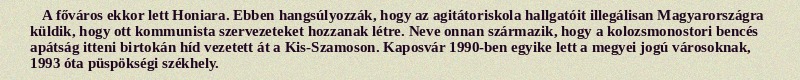
A főváros ekkor lett Honiara. Ebben hangsúlyozzák, hogy az agitátoriskola hallgatóit illegálisan Magyarországra küldik, hogy ott kommunista szervezeteket hozzanak létre. Neve onnan származik, hogy a kolozsmonostori bencés apátság itteni birtokán híd vezetett át a Kis-Szamoson. Kaposvár 1990-ben egyike lett a megyei jogú városoknak, 1993 óta püspökségi székhely.